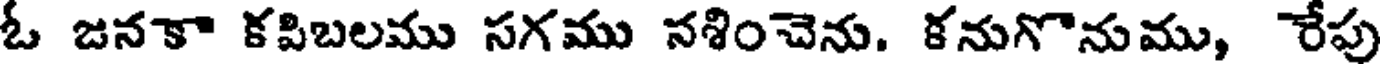
ఓ జనకా కపిబలము సగము సశించెను. కనుగొనుము, రేపు